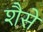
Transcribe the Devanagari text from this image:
शैसे